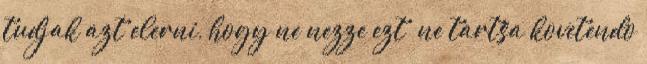
tudjak azt elerni, hogy ne nezze ezt ne tartsa kovetendo